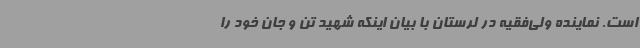
است. نماینده ولی‌فقیه در لرستان با بیان اینکه شهید تن و جان خود را